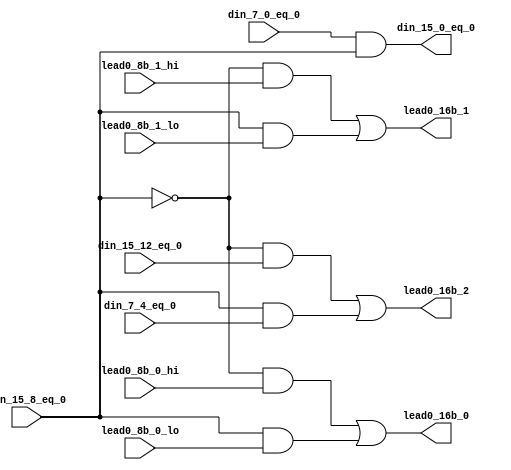
// Modified by Princeton University on June 9th, 2015
// ========== Copyright Header Begin ==========================================
// 
// OpenSPARC T1 Processor File: fpu_cnt_lead0_lvl3.v
// Copyright (c) 2006 Sun Microsystems, Inc.  All Rights Reserved.
// DO NOT ALTER OR REMOVE COPYRIGHT NOTICES.
// 
// The above named program is free software; you can redistribute it and/or
// modify it under the terms of the GNU General Public
// License version 2 as published by the Free Software Foundation.
// 
// The above named program is distributed in the hope that it will be 
// useful, but WITHOUT ANY WARRANTY; without even the implied warranty of
// MERCHANTABILITY or FITNESS FOR A PARTICULAR PURPOSE.  See the GNU
// General Public License for more details.
// 
// You should have received a copy of the GNU General Public
// License along with this work; if not, write to the Free Software
// Foundation, Inc., 51 Franklin St, Fifth Floor, Boston, MA 02110-1301, USA.
// 
// ========== Copyright Header End ============================================
///////////////////////////////////////////////////////////////////////////////
//
//	3rd level of lead 0 counters.  Lead 0 count for 16 bits.
//
///////////////////////////////////////////////////////////////////////////////

module fpu_cnt_lead0_lvl3 (
	din_15_8_eq_0,
	din_15_12_eq_0,
	lead0_8b_1_hi,
	lead0_8b_0_hi,
	din_7_0_eq_0,
	din_7_4_eq_0,
	lead0_8b_1_lo,
	lead0_8b_0_lo,

	din_15_0_eq_0,
	lead0_16b_2,
	lead0_16b_1,
	lead0_16b_0
);


input		din_15_8_eq_0;		// data in[15:8] is zero
input		din_15_12_eq_0;		// data in[15:12] is zero
input		lead0_8b_1_hi;		// bit[1] of lead 0 count- din[15:8]
input		lead0_8b_0_hi;		// bit[0] of lead 0 count- din[15:8]
input		din_7_0_eq_0;		// data in[7:0] is zero
input		din_7_4_eq_0;		// data in[7:4] is zero
input		lead0_8b_1_lo;		// bit[1] of lead 0 count- din[7:0]
input		lead0_8b_0_lo;		// bit[0] of lead 0 count- din[7:0]

output		din_15_0_eq_0;		// data in[15:0] is zero
output		lead0_16b_2;		// bit[2] of lead 0 count
output		lead0_16b_1;		// bit[1] of lead 0 count
output		lead0_16b_0;		// bit[0] of lead 0 count


wire		din_15_0_eq_0;
wire		lead0_16b_2;
wire		lead0_16b_1;
wire		lead0_16b_0;


assign din_15_0_eq_0= din_7_0_eq_0 && din_15_8_eq_0;

assign lead0_16b_2= ((!din_15_8_eq_0) && din_15_12_eq_0)
		|| (din_15_8_eq_0 && din_7_4_eq_0);

assign lead0_16b_1= ((!din_15_8_eq_0) && lead0_8b_1_hi)
		|| (din_15_8_eq_0 && lead0_8b_1_lo);

assign lead0_16b_0= ((!din_15_8_eq_0) && lead0_8b_0_hi)
		|| (din_15_8_eq_0 && lead0_8b_0_lo);


endmodule